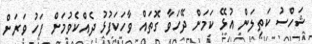
ޝަހްސު ކަތިލަން އުޅޭ ކަމަށް ދޭހަވާ ގޮތައް ވާހަކަފުޅު ދެއްކެވުމަށް ފަހު ވަރަށް